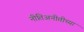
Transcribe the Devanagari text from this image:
नीतिअनीतीच्या